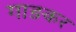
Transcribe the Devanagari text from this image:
गाङकर